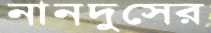
নানদুসের